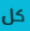
كل